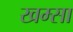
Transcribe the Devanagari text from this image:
खम्सा